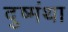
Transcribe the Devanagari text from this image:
दुष्मंथा